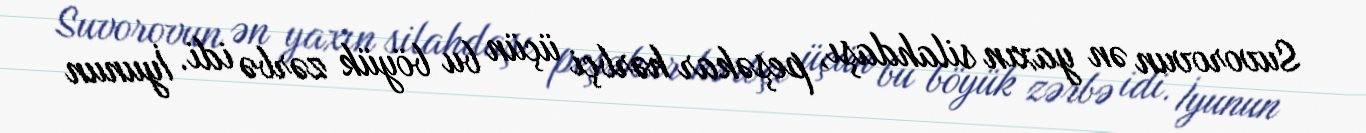
Suvorovun ən yaxın silahdaşı, peşəkar hərbçi üçün bu böyük zərbə idi. İyunun